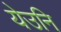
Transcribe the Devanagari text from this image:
येउनि